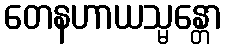
တေနဟာယသ္မန္တော